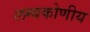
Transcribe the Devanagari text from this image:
लम्बकोणीय